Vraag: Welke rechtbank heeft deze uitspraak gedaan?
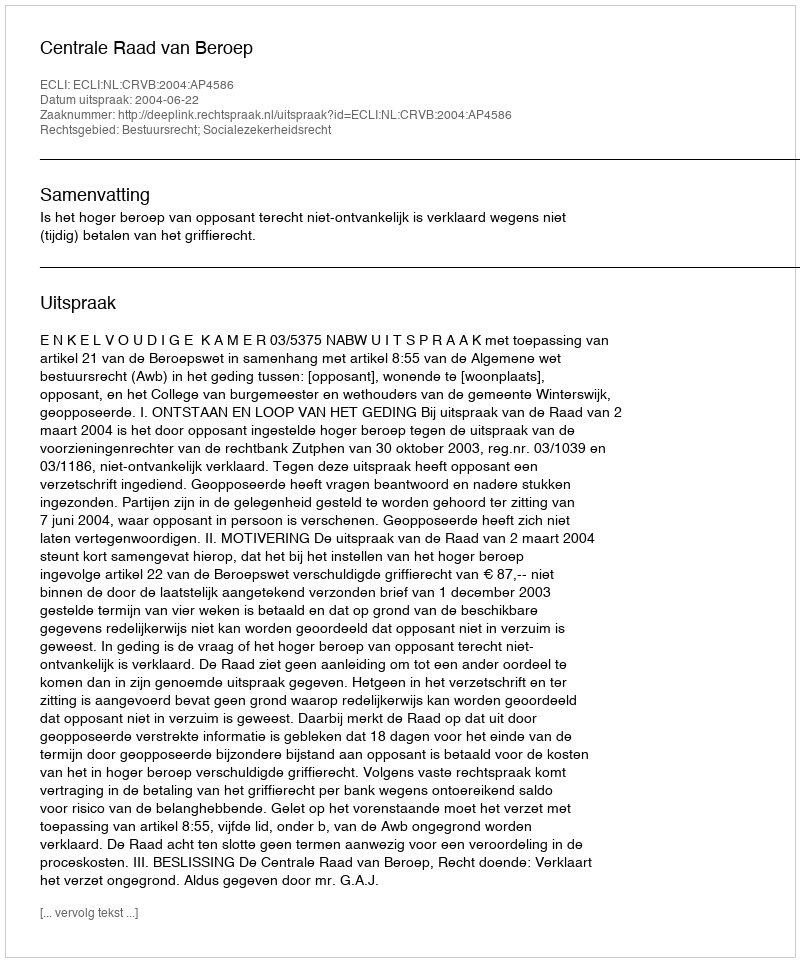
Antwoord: Centrale Raad van Beroep